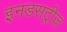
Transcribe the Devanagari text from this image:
इनडसट्रीज़